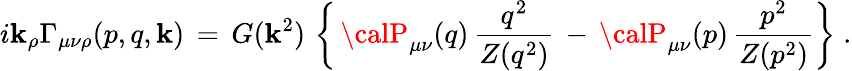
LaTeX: i\mathbf{k}_{\rho}\Gamma_{\mu\nu\rho}(p,q,\mathbf{k})\, =\, G(\mathbf{k}^{2})\, \left\{ \, {\calP}_{\mu\nu}(q)\, \frac{{q^{2}}}{{Z(q^{2})}}\, -\, {\calP}_{\mu\nu}(p)\, \frac{{p^{2}}}{{Z(p^{2})}}\right\} \; .